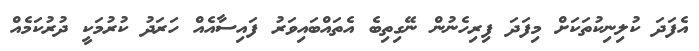
އެފަދަ ކުލިނިކުތަކަށް މިފަދަ ފިރިހެނުން ނޭގިތިބެ އެތައްބައިވަރު ފައިސާއެއް ހަރަދު ކުރުމަކީ ދުރުކަމެއް